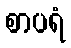
စာပရံ